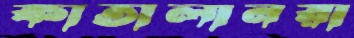
কাতালানরা